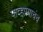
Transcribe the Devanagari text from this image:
पाव्हण्याचंच